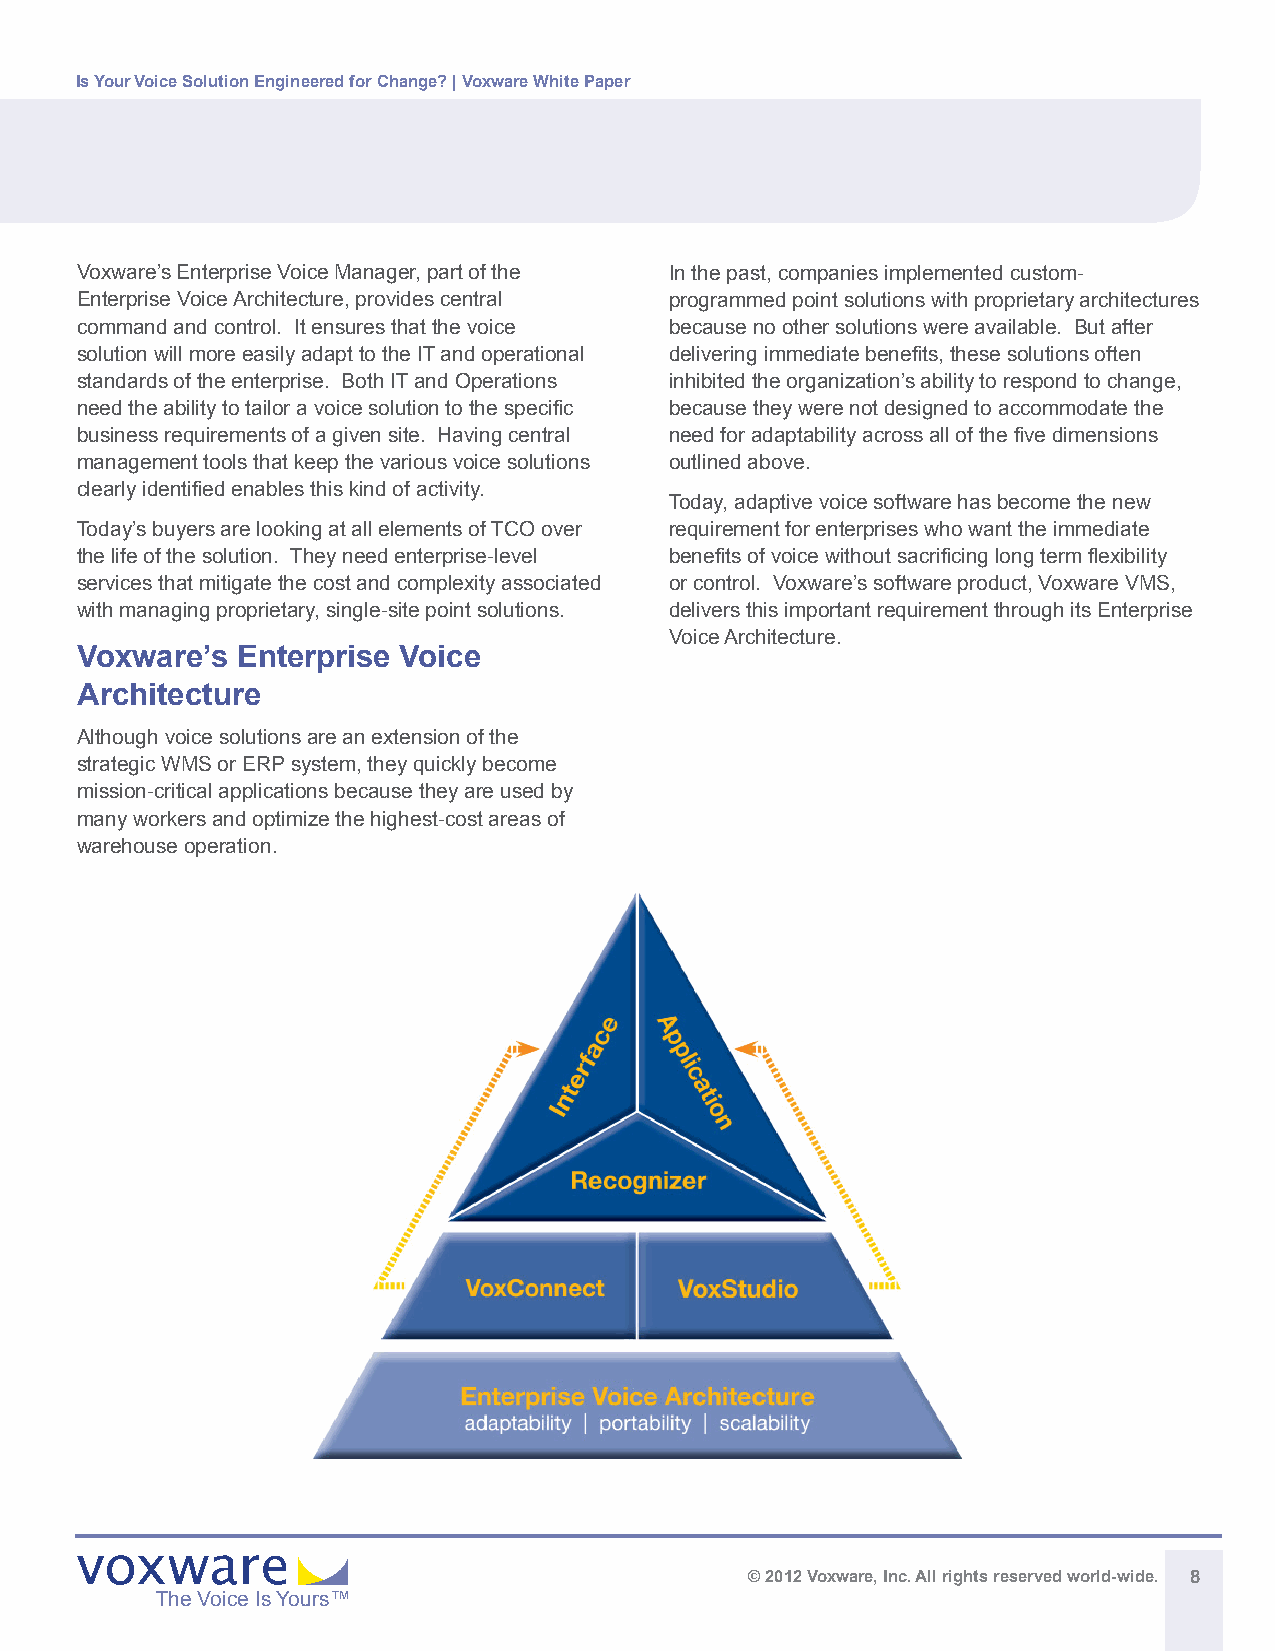
Is Your Voice Solution Engineered for Change? | Voxware White Paper
 Voxware’s Enterprise Voice Manager, part of the In the past, companies implemented custom-
 Enterprise Voice Architecture, provides central programmed point solutions with proprietary architectures
 command and control. It ensures that the voice because no other solutions were available. But after
 solution will more easily adapt to the IT and operational delivering immediate benefits, these solutions often
 standards of the enterprise. Both IT and Operations inhibited the organization’s ability to respond to change,
 need the ability to tailor a voice solution to the specific because they were not designed to accommodate the
 business requirements of a given site. Having central need for adaptability across all of the five dimensions
 management tools that keep the various voice solutions outlined above.
 clearly identified enables this kind of activity.
 Today, adaptive voice software has become the new
 Today’s buyers are looking at all elements of TCO over requirement for enterprises who want the immediate
 the life of the solution. They need enterprise-level benefits of voice without sacrificing long term flexibility
 services that mitigate the cost and complexity associated or control. Voxware’s software product, Voxware VMS,
 with managing proprietary, single-site point solutions. delivers this important requirement through its Enterprise
 Voice Architecture.
 Voxware’s  Enterprise Voice
 Architecture
 Although voice solutions are an extension of the
 strategic WMS or ERP system, they quickly become
 mission-critical applications because they are used by
 many workers and optimize the highest-cost areas of
 warehouse operation.
 © 2012 Voxware, Inc. All rights reserved world-wide. 8
 The Voice Is Yours™